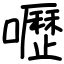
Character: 嚦